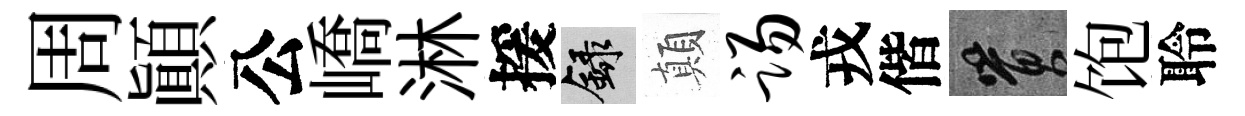
周顚公嶠淋援録顛踢戎偕篔饱聆